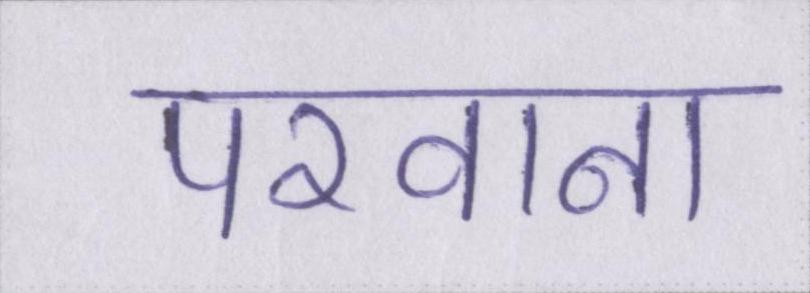
परवाना